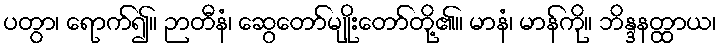
ပတွာ၊ ရောက်၍။ ဉာတီနံ၊ ဆွေတော်မျိုးတော်တို့၏။ မာနံ၊ မာန်ကို။ ဘိန္ဒနတ္ထာယ၊